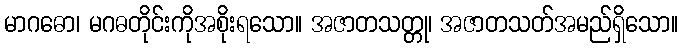
မာဂဓော၊ မဂဓတိုင်းကိုအစိုးရသော။ အဇာတသတ္တု၊ အဇာတသတ်အမည်ရှိသော။